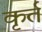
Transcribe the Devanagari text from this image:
कृर्त